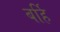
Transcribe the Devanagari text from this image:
बर्हि